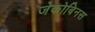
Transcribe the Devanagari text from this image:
जेकोबिनस